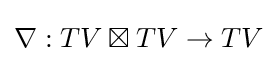
\nabla :TV\boxtimes TV\to TV